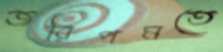
জরিপমতে